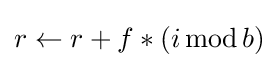
r\leftarrow r+f*(i\operatorname {mod} b)